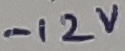
Text: -12V